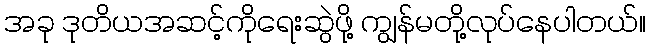
အခု ဒုတိယအဆင့်ကိုရေးဆွဲဖို့ ကျွန်မတို့လုပ်နေပါတယ်။